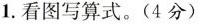
1.看图写算式。